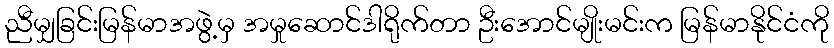
ညီမျှခြင်းမြန်မာအဖွဲ့မှ အမှုဆောင်ဒါရိုက်တာ ဦးအောင်မျိုးမင်းက မြန်မာနိုင်ငံကို